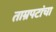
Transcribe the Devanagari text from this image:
ताम्रपटांचा